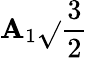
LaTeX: \mathbf{A}_{1}{\sqrt{}{{\frac{{3}}{{2}}}}}